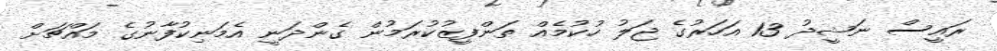
ރައީސް ނަޝީދު 13 އަހަރުގެ ޖަލު ހުކުމެއް ތަންފީޒުކުރަމުން ގެންދަނީ އެމަނިކުފާނުގެ މައްޗަށް